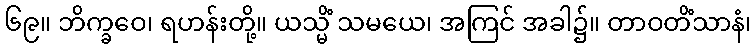
၆၉။ ဘိက္ခဝေ၊ ရဟန်းတို့။ ယသ္မိံ သမယေ၊ အကြင် အခါ၌။ တာဝတိံသာနံ၊